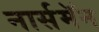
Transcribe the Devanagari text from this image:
नार्समॅन